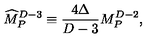
{ \widehat M } _ { P } ^ { D - 3 } \equiv { \frac { 4 \Delta } { D - 3 } } M _ { P } ^ { D - 2 } ,